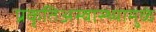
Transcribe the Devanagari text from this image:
प्रकृतिअस्वास्थ्यामुळं